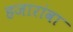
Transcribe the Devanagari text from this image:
हजारांवा